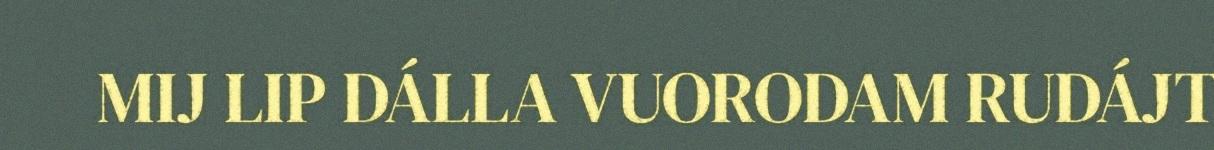
MIJ LIP DÁLLA VUORODAM RUDÁJT